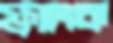
ফ্র্যাংক